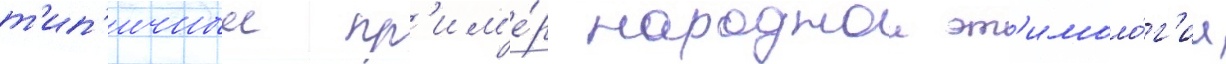
т'ип'ичныи пр'им'е́р народнои эт'имоло́г'ии